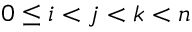
0 \leq i < j < k < n